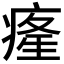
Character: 𤸇